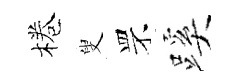
棬叟罘蹊